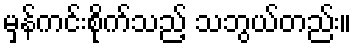
မှန်ကင်းစိုက်သည့် သဘွယ်တည်း။